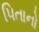
પિતાનો